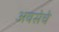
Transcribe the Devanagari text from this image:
अवसेचे